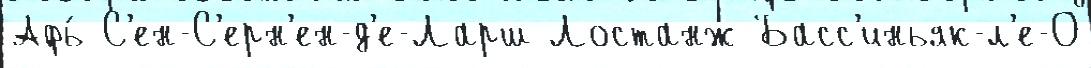
Афь́ С'ен-С'ерн'ен-д'е-Ларш Лостанж Басс'иньяк-л'е-О